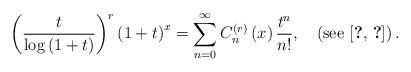
LaTeX: \begin{align*}\left(\frac{t}{\log\left(1+t\right)}\right)^{r}\left(1+t\right)^{x}=\sum_{n=0}^{\infty}C_{n}^{\left(r\right)}\left(x\right)\frac{t^{n}}{n!},\quad\left(\mbox{see \cite{key-3,key-9}}\right).\end{align*}